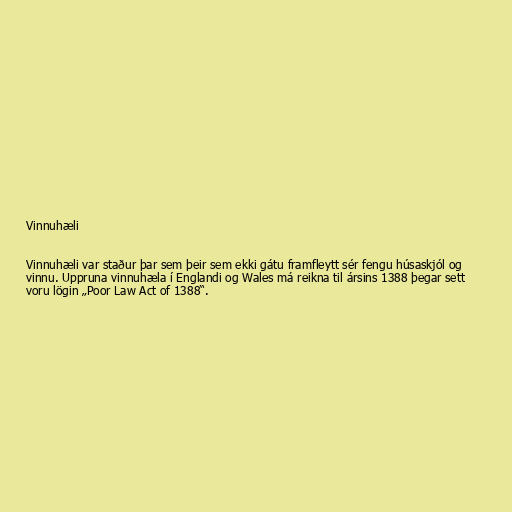
Vinnuhæli

Vinnuhæli var staður þar sem þeir sem ekki gátu framfleytt sér fengu húsaskjól og
vinnu. Uppruna vinnuhæla í Englandi og Wales má reikna til ársins 1388 þegar sett
voru lögin „Poor Law Act of 1388“.